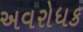
અવરોધક